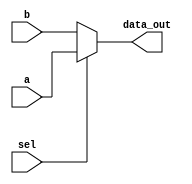
module multiplexer
(
	input [63:0] a,
	input [63:0] b,
	input sel,
	output reg [63:0] data_out

);


	always @ (sel or a or b)
	begin
			if(sel)
				data_out<=a;
			else
				data_out<=b;
	end
endmodule